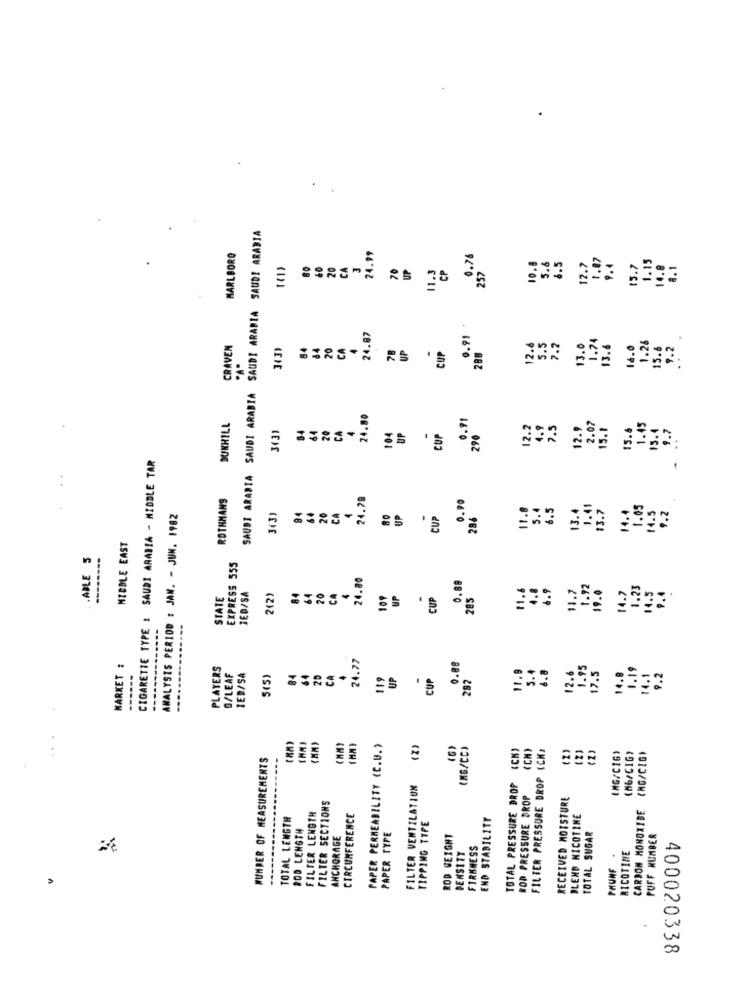
SAUDI ARABIA SAUDI ARABIA SAUDI ARABIA SAUDI ARABIA
MARLBORO
24.99
0.76
10.8
5.6
1.87
60
20
CA
3
70
UP
11.3
CP
257
6.5
12.7
9.4
15.7
1.15
14.8
8.1
24.87
0.91
1.74
CRAVEN
3(3)
84
84
20
CA
4
78
UP
12.6
5.5
7.2
13.0
13.6
lá.0
1.26
15.6
9.2
CUP
288
24.80
0.91
DUNHILL
84
64
20
12.2
4.9
7.5
12.9
2.07
15.1
15.6
1.45
15.4
9.7
3431
CA
104
UP
CUP
290
CIGARETTE TYPE : SAUDI ARABIA - MIDDLE TAR
-
ROTHMANS
24.78
0.90
84
11.8
5.4
6.5
13.4
1.41
13.7
1.05
ANALYSIS PERIOD : JAN. - JUN. 1982
3(3)
64
20
CA
80
UP
CUP
286
14.4
14.5
9.2
NIBBLE EAST
.ABLE 5
------
EXPRESS 555
24.80
64
4
0.89
11.6
4.8
4.9
11.7
.92
1.23
14.5
STATE
JED/SA
2(2)
84
70
CA
109
UP
CUP
285
19.0
4.7
9.4
24.77
MARKET :
PLAYERS
0.88
11.9
5.4
6.8
1.95
17.5
1.19
------
S/LEAF
1ED/SA
5(5)
84
64
20
CA
119
UP
CUP
282
12.6
14.8
14.1
9.2
PAPER PERMEABILITY (C.U.)
(Z)
(G)
(MB/CC)
FILTER PRESSURE DROP (CM)
(2)
WUNDER OF MEASUREMENTS
ING/CIG)
(56/CIG)
(MG/CIG)
FILTER VENTILATION
TOTAL PRESSURE DROP
ROD PRESSURE DROP
RECEIVED MOTSTURE
FILTER SECTIONS
CARBON MONOXIDE
TOTAL LENGTH
FILTER LENGTH
CIRCUMFERENCE
END STABILITY
BLEND NICOTINE
200 LENGTH
TIPPING TIPE
ANCHORAGE
PAPER TYPE
ROD WEIGHT
TOTAL SUGAR
PUFF NUMBER
DENSITY
FIRKNESS
PHUNF
NICOTINE
400020338